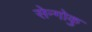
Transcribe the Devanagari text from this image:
सेन्गोकु